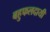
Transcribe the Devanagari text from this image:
बहुफलदायी